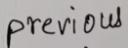
previous